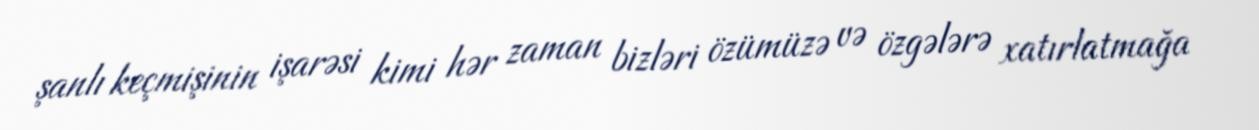
şanlı keçmişinin işarəsi kimi hər zaman bizləri özümüzə və özgələrə xatırlatmağa